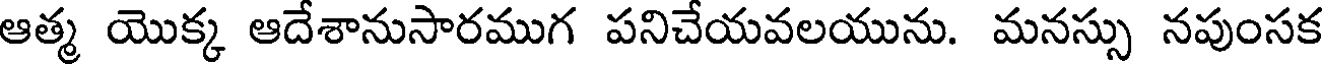
ఆత్మ యొక్క ఆదేశానుసారముగ పనిచేయవలయును. మనస్సు నపుంసక